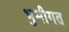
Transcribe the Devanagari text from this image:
भुमीगत